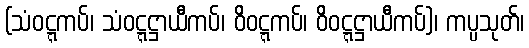
(သံဝဋ္ဋကပ်၊ သံဝဋ္ဋဋ္ဌာယီကပ်၊ ဝိဝဋ္ဋကပ်၊ ဝိဝဋ္ဋဋ္ဌာယီကပ်)၊ ကပ္ပသုတ်၊